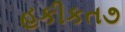
હકીકત૭